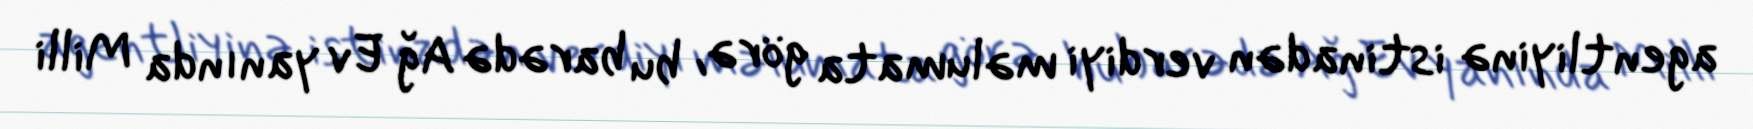
agentliyinə istinadən verdiyi məlumata görə, bu barədə Ağ Ev yanında Milli